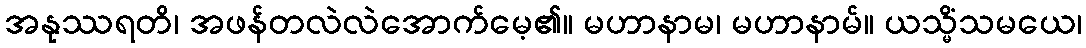
အနုဿရတိ၊ အဖန်တလဲလဲအောက်မေ့၏။ မဟာနာမ၊ မဟာနာမ်။ ယသ္မိံသမယေ၊